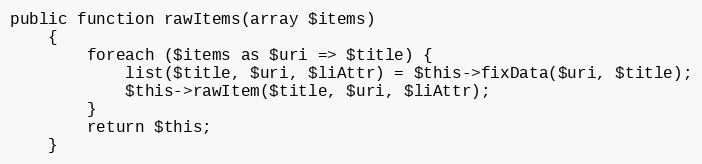
Language: PHP
public function rawItems(array $items)
    {
        foreach ($items as $uri => $title) {
            list($title, $uri, $liAttr) = $this->fixData($uri, $title);
            $this->rawItem($title, $uri, $liAttr);
        }
        return $this;
    }